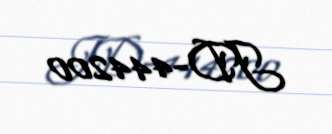
JD-444200